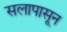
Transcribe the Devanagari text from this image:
सलापासून